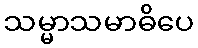
သမ္မာသမာဓိပေ